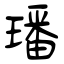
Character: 璠